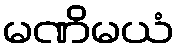
မဏိမယံ